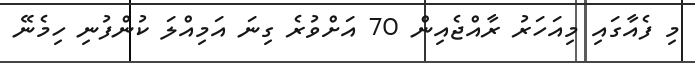
މި ފެއާގައި މިއަހަރު ރާއްޖެއިން 70 އަށްވުރެ ގިނަ އަމިއްލަ ކުންފުނި ހިމެނޭ